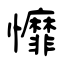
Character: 戂